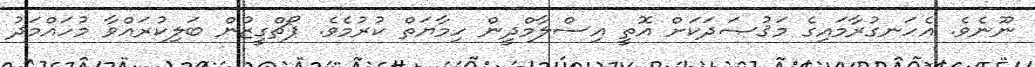
ނޫނެވެ. އެހަނގުރާމައިގެ މަޤުޞަދަކަށް އޮތީ އިސްލާމްދީން ހިމާޔަތް ކުރުމެވެ. ޕޯޗްގީޒުން ބަލިކުރައްވާ މުހައްމަދު